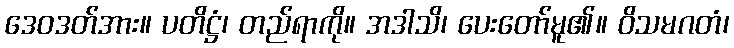
ဒေဝဒတ်အား။ ပတိဋ္ဌံ၊ တည်ရာကို။ အဒါသိ၊ ပေးတော်မူ၏။ ဝိသမဂတံ၊